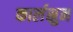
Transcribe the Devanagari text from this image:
कार्लस्रुन